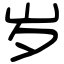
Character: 岁